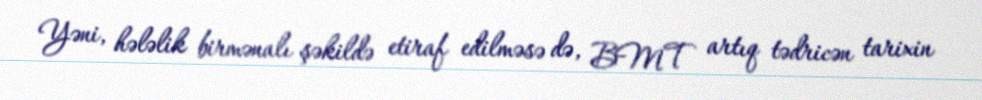
Yəni, hələlik birmənalı şəkildə etiraf edilməsə də, BMT artıq tədricən tarixin